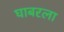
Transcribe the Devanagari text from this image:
घाबरला